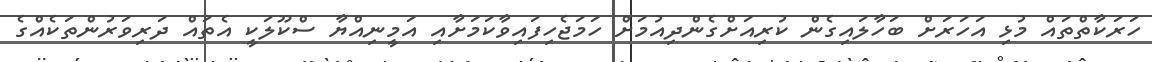
ހަރަކާތްތައް މުޅި އަހަރަށް ބަހާލައިގެން ކުރިއަށްގެންދިއުމަށް ހަމަޖެހިފައިވާކަމަށާއި އަމީނިއްޔާ ސްކޫލަކީ އެތައް ދަރިވަރުންތަކެއްގެ